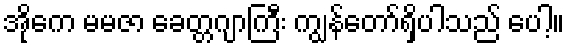
အိုကေ မမဇာ ခေတ္တဂျာကြီး ကျွန်တော်ရှိပါသည် ပေါ့။